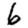
Digit: 6